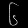
Digit: ၆